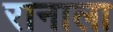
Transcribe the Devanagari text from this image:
रानाला